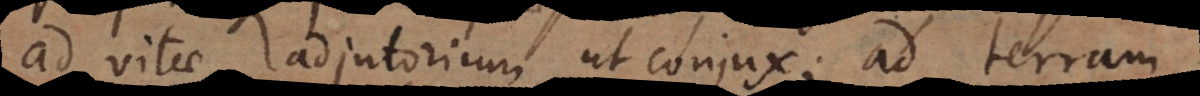
ad vitae adjutorium, ut conjux; ad terram